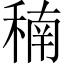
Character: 𥠮